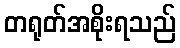
တရုတ်အစိုးရသည်